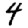
Digit: 4